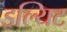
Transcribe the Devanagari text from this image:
इल्यिट